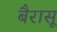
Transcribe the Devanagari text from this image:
बैरासू